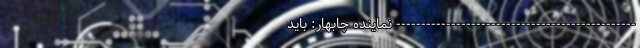
------------------------------------------------ نماینده چابهار: باید